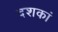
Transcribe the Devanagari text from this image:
दशकां